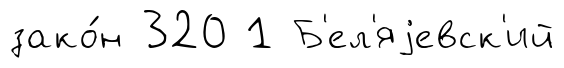
зако́н 320 1 Б'ел'яjевск'ий